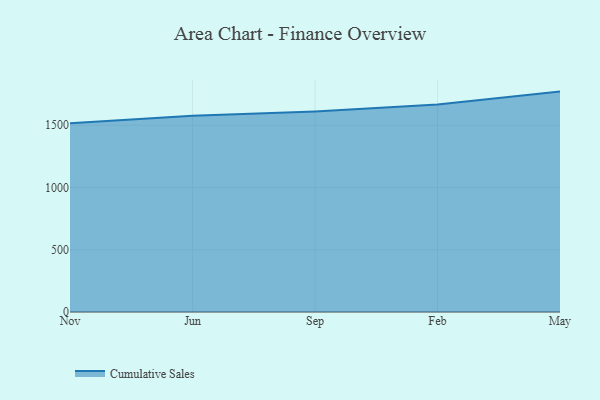
{"axis": {"x": "Month", "y": "Tickets Resolved"}, "legend": ["Cumulative Sales"], "data": [{"x": "Nov", "y": 1515.8, "type": "Cumulative Sales"}, {"x": "Jun", "y": 1577.3, "type": "Cumulative Sales"}, {"x": "Sep", "y": 1611.3, "type": "Cumulative Sales"}, {"x": "Feb", "y": 1666.2, "type": "Cumulative Sales"}, {"x": "May", "y": 1770.4, "type": "Cumulative Sales"}]}